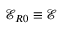
\mathcal { E } _ { R 0 } \equiv \mathcal { E }